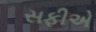
સફીએ